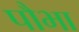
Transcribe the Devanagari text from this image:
पौभा